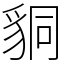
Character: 𧳆